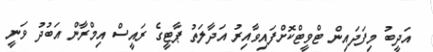
އަދީބު މިފަދައިން ޓްވީޓްކޮށްފައިވާއިރު އަދާލަތު ޕާޓީގެ ރައީސް އިމްރާން އަބުދު ވަނީ